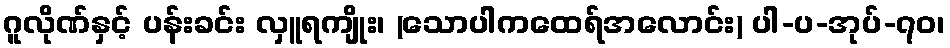
ဂူလိုဏ်နှင့် ပန်းခင်း လှူရကျိုး၊ (သောပါကထေရ်အလောင်း) ပါ-ပ-အုပ်-၇၀၊